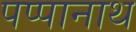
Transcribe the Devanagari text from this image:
पप्पानाथ